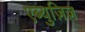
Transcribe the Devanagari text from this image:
एब्युज़िज़